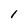
Character: 1